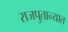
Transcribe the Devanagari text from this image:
राजपुतान्यात